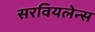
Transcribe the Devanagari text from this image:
सरवियलेन्स